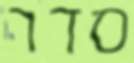
סדר